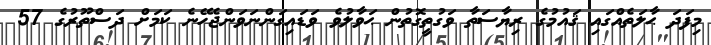
މިފަދަ ޙާލަތެއްގައި ޤައުމުގެ ރިޔާސަތާ ވަގުތީގޮތުން ޙަވާލުވެ ވަޑައިގަންނަވަންޖެހޭނެ ކަމަށް ދަސްތޫރުގެ 57